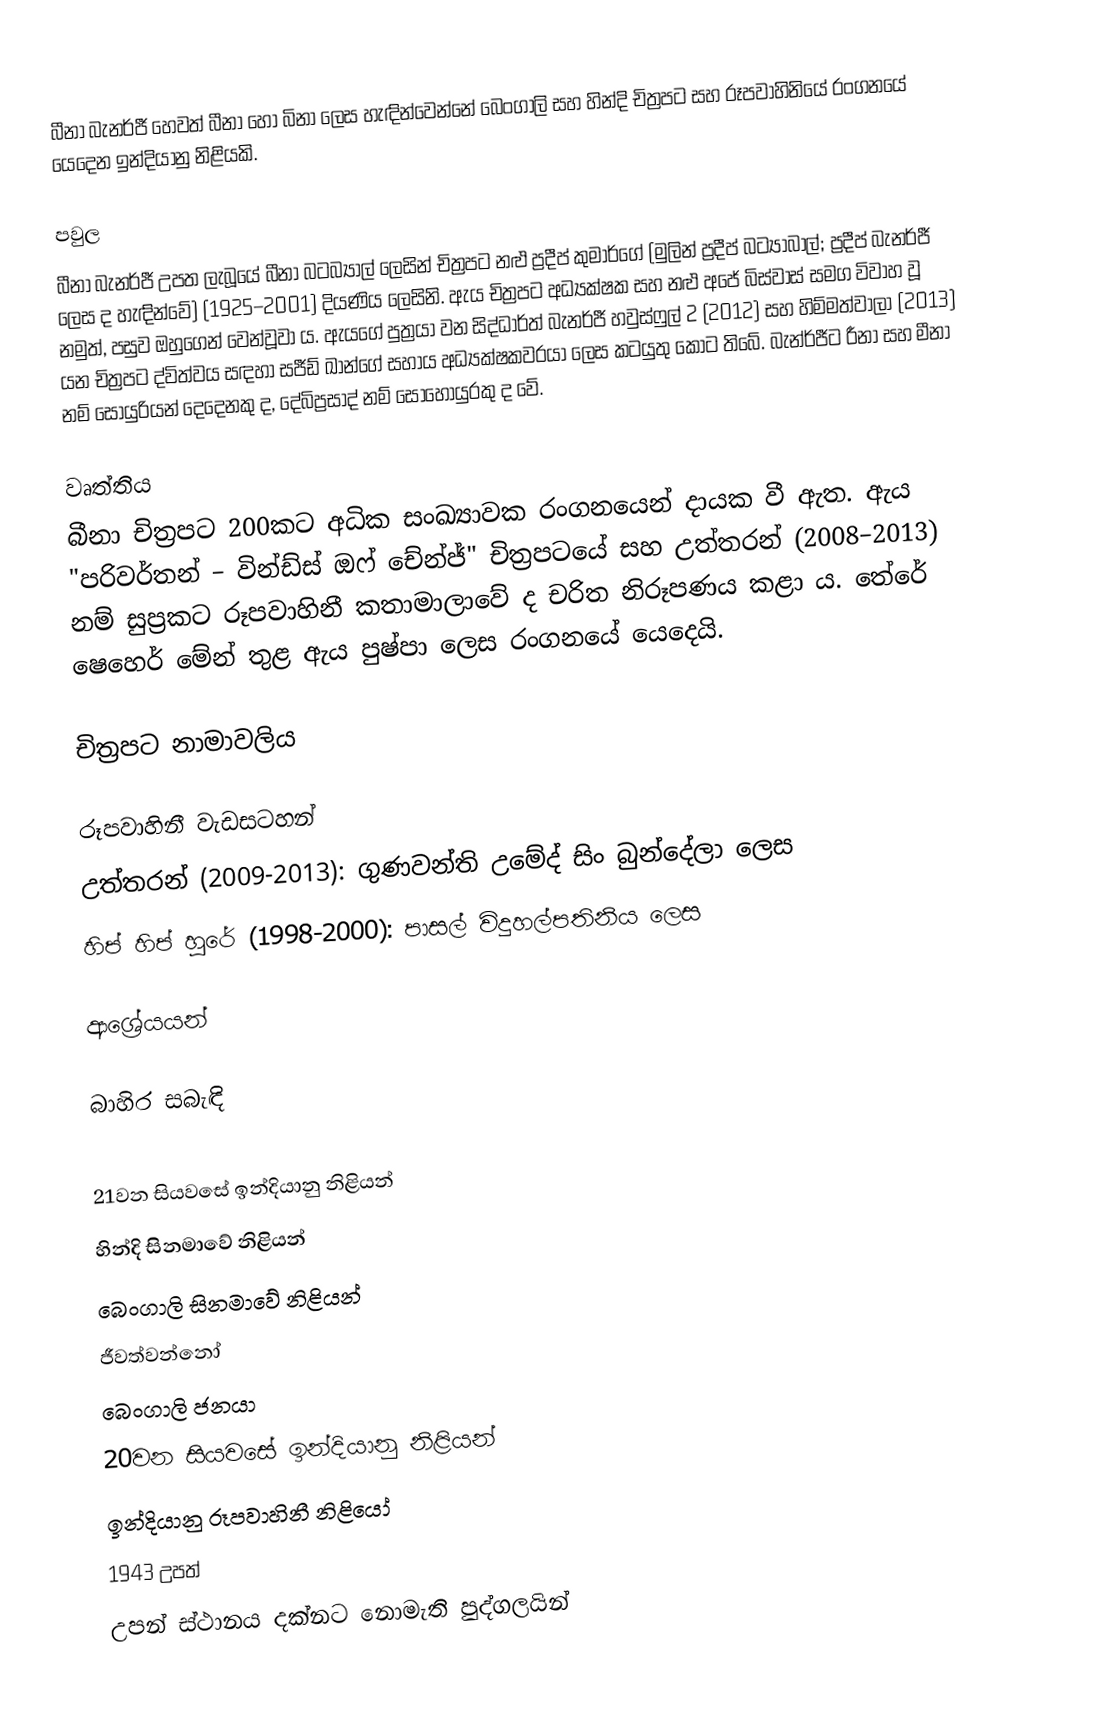
බීනා බැනර්ජී හෙවත් බීනා හෝ බිනා ලෙස හැඳින්වෙන්නේ බෙංගාලි සහ හින්දි චිත්‍රපට සහ රූපවාහිනියේ රංගනයේ යෙදෙන ඉන්දියානු නිළියකි.

පවුල
බීනා බැනර්ජී උපත ලැබූයේ බීනා බටබ්‍යාල් ලෙසින් චිත්‍රපට නළු ප්‍රදීප් කුමාර්ගේ (මුලින් ප්‍රදීප් බට්‍යාබාල්; ප්‍රදීප් බැනර්ජී ලෙස ද හැඳින්වේ) (1925–2001) දියණිය ලෙසිනි. ඇය චිත්‍රපට අධ්‍යක්ෂක සහ නළු අජේ බිස්වාස් සමග විවාහ වූ නමුත්, පසුව ඔහුගෙන් වෙන්වූවා ය. ඇයගේ පුත්‍රයා වන සිද්ධාර්ත් බැනර්ජී හවුස්ෆුල් 2 (2012) සහ හිම්මත්වාලා (2013) යන චිත්‍රපට ද්විත්වය සඳහා සජීඩ් ඛාන්ගේ සහාය අධ්‍යක්ෂකවරයා ලෙස කටයුතු කොට තිබේ. බැන්ර්ජීට රීනා සහ මීනා නම් සොයුරියන් දෙදෙනකු ද, දේබිප්‍රසාද් නම් සොහොයුරකු ද වේ.

වෘත්තිය
බීනා චිත්‍රපට 200කට අධික සංඛ්‍යාවක රංගනයෙන් දායක වී ඇත. ඇය "පරිවර්තන් – වින්ඩ්ස් ඔ‍ෆ් චේන්ජ්" චිත්‍රපටයේ සහ උත්තරන් (2008–2013) නම් සුප්‍රකට රූපවාහිනී කතාමාලාවේ ද චරිත නිරූපණය කළා ය. තේරේ ෂෙහෙර් මේන් තුළ ඇය පුෂ්පා ලෙස රංගනයේ යෙදෙයි.

චිත්‍රපට නාමාවලිය

රූපවාහිනී වැඩසටහන්
 උත්තරන් (2009-2013): ගුණවන්ති උමේද් සිං බුන්දේලා ලෙස
 හිප් හිප් හුරේ (1998-2000): පාසල් විදුහල්පතිනිය ලෙස

ආශ්‍රේයයන්

බාහිර සබැඳි

21වන සියවසේ ඉන්දියානු නිළියන්
හින්දි සිනමාවේ නිළියන්
බෙංගාලි සිනමාවේ නිළියන්
ජීවත්වන්නෝ
බෙංගාලි ජනයා
20වන සියවසේ ඉන්දියානු නිළියන්
ඉන්දියානු රූපවාහිනී නිළියෝ
1943 උපත්
උපන් ස්ථානය දක්නට නොමැති පුද්ගලයින්